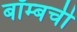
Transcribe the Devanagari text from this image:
बॉम्बची